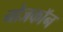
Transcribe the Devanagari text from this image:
नोजकाॅन